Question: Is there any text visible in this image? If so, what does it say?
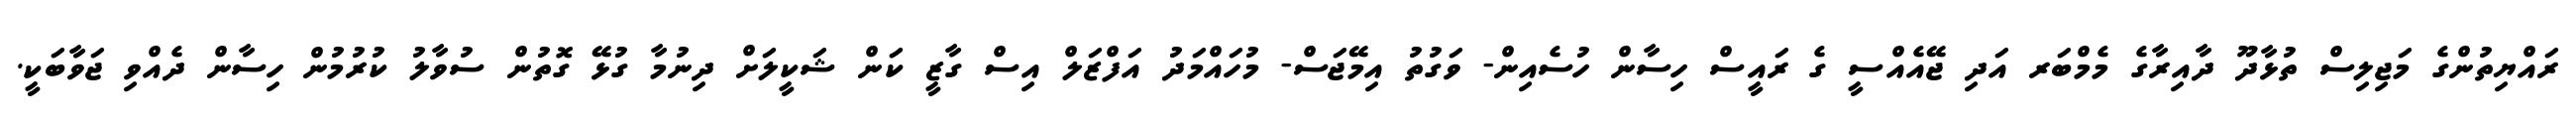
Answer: ރައްޔިތުންގެ މަޖިލިސް ތުޅާދޫ ދާއިރާގެ މެމްބަރ އަދި ޖޭއެއްސީ ގެ ރައީސް ހިސާން ހުސެއިން- ވަގުތު އިމޭޖަސް- މުހައްމަދު އަފްޒަލް އިސް ގާޒީ ކަން ޝަކީލަށް ދިނުމާ ގުޅޭ ގޮތުން ސުވާލު ކުރުމުން ހިސާން ދެއްވި ޖަވާބަކީ.